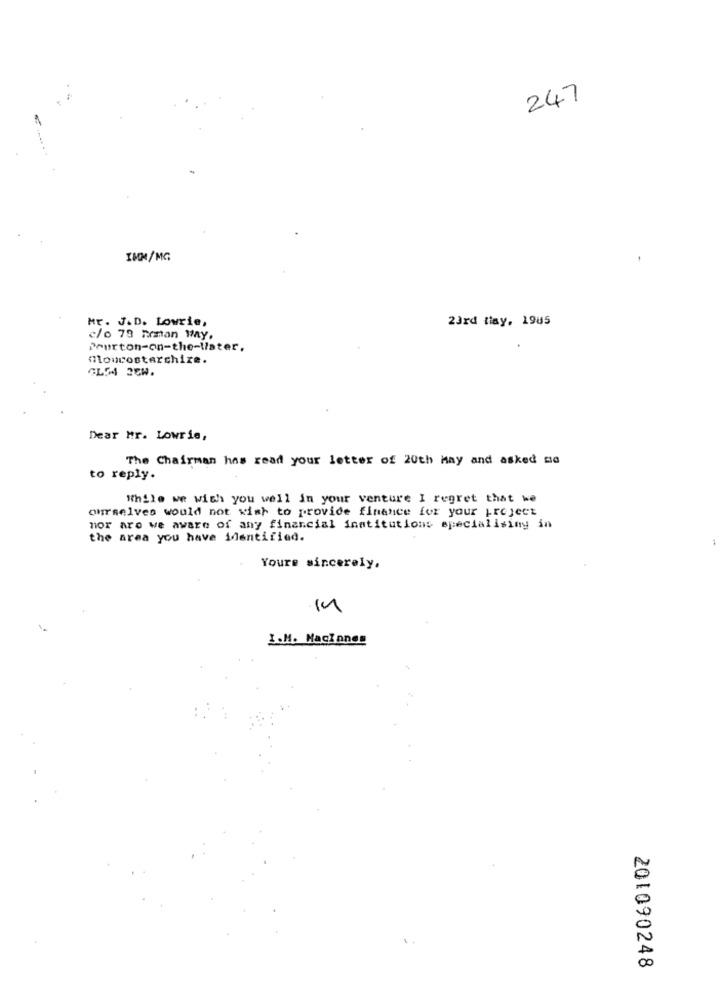
247
IMM/MG
Mr. J.D. Lowrie,
23rd tiay, 1985
c/o 78 hrman way.
Pourton-on-the-later.
mourosterchire.
CL54 26W.
Dear Mr. Lowrie,
The Chairman has read your letter of 20th May and asked me
to reply.
While we wish you well in your venture I regret that we
ourselves would not wish to provide finance for your project
mor aro we aware of any financial institutions specialising in
the area you have identified.
Youre sincerely.
in
I.M. Maciones
201090248